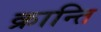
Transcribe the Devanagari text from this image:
क्रान्‍ति